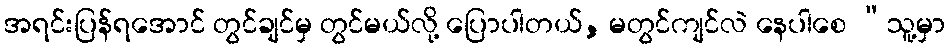
အရင်းပြန်ရအောင် တွင်ချင်မှ တွင်မယ်လို့ ပြောပါတယ်, မတွင်ကျင်လဲ နေပါစေ “သူ့မှာ